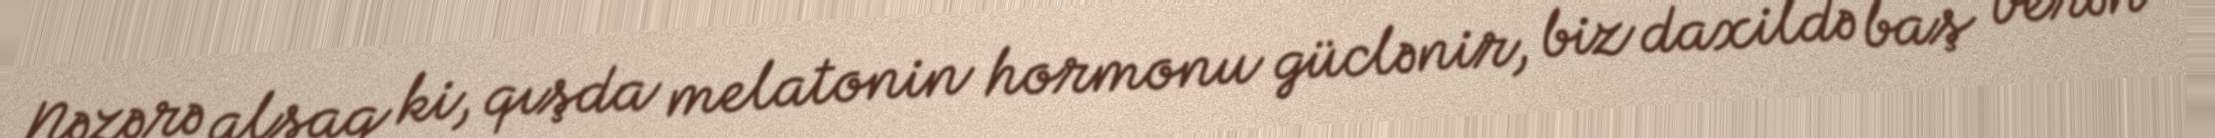
Nəzərə alsaq ki, qışda melatonin hormonu güclənir, biz daxildə baş verən